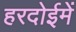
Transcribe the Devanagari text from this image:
हरदोईमें